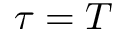
\tau = T